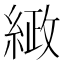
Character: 𮈤